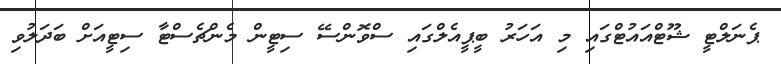
ޕެނަލްޓީ ޝޫޓްއައުޓްގައި މި އަހަރު ބީޕީއެލްގައި ސްވޮންސޭ ސިޓީން މެންޗެސްޓާ ސިޓީއަށް ބަދަލުވި